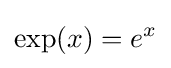
\exp(x)=e^{x}